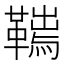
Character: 𩌮